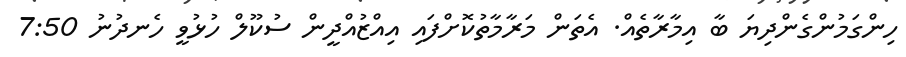
ހިންގަމުންގެންދިޔަ ބާ އިމާރާތެއް. އެތަން މަރާމާތުކޮށްފައި އިއްޒުއްދީން ސުކޫލް ހުޅުވީ ހެނދުނު 7:50